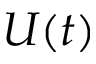
U ( t )